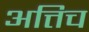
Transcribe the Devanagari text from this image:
अत्तिच